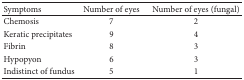
<table><thead><tr><td><b>Symptoms</b></td><td><b>Number of eyes</b></td><td><b>Number of eyes (fungal)</b></td></tr></thead><tbody><tr><td>Chemosis</td><td>7</td><td>2</td></tr><tr><td>Keratic precipitates</td><td>9</td><td>4</td></tr><tr><td>Fibrin</td><td>8</td><td>3</td></tr><tr><td>Hypopyon</td><td>6</td><td>3</td></tr><tr><td>Indistinct of fundus</td><td>5</td><td>1</td></tr></tbody></table>